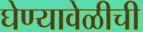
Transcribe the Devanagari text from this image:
घेण्यावेळीची